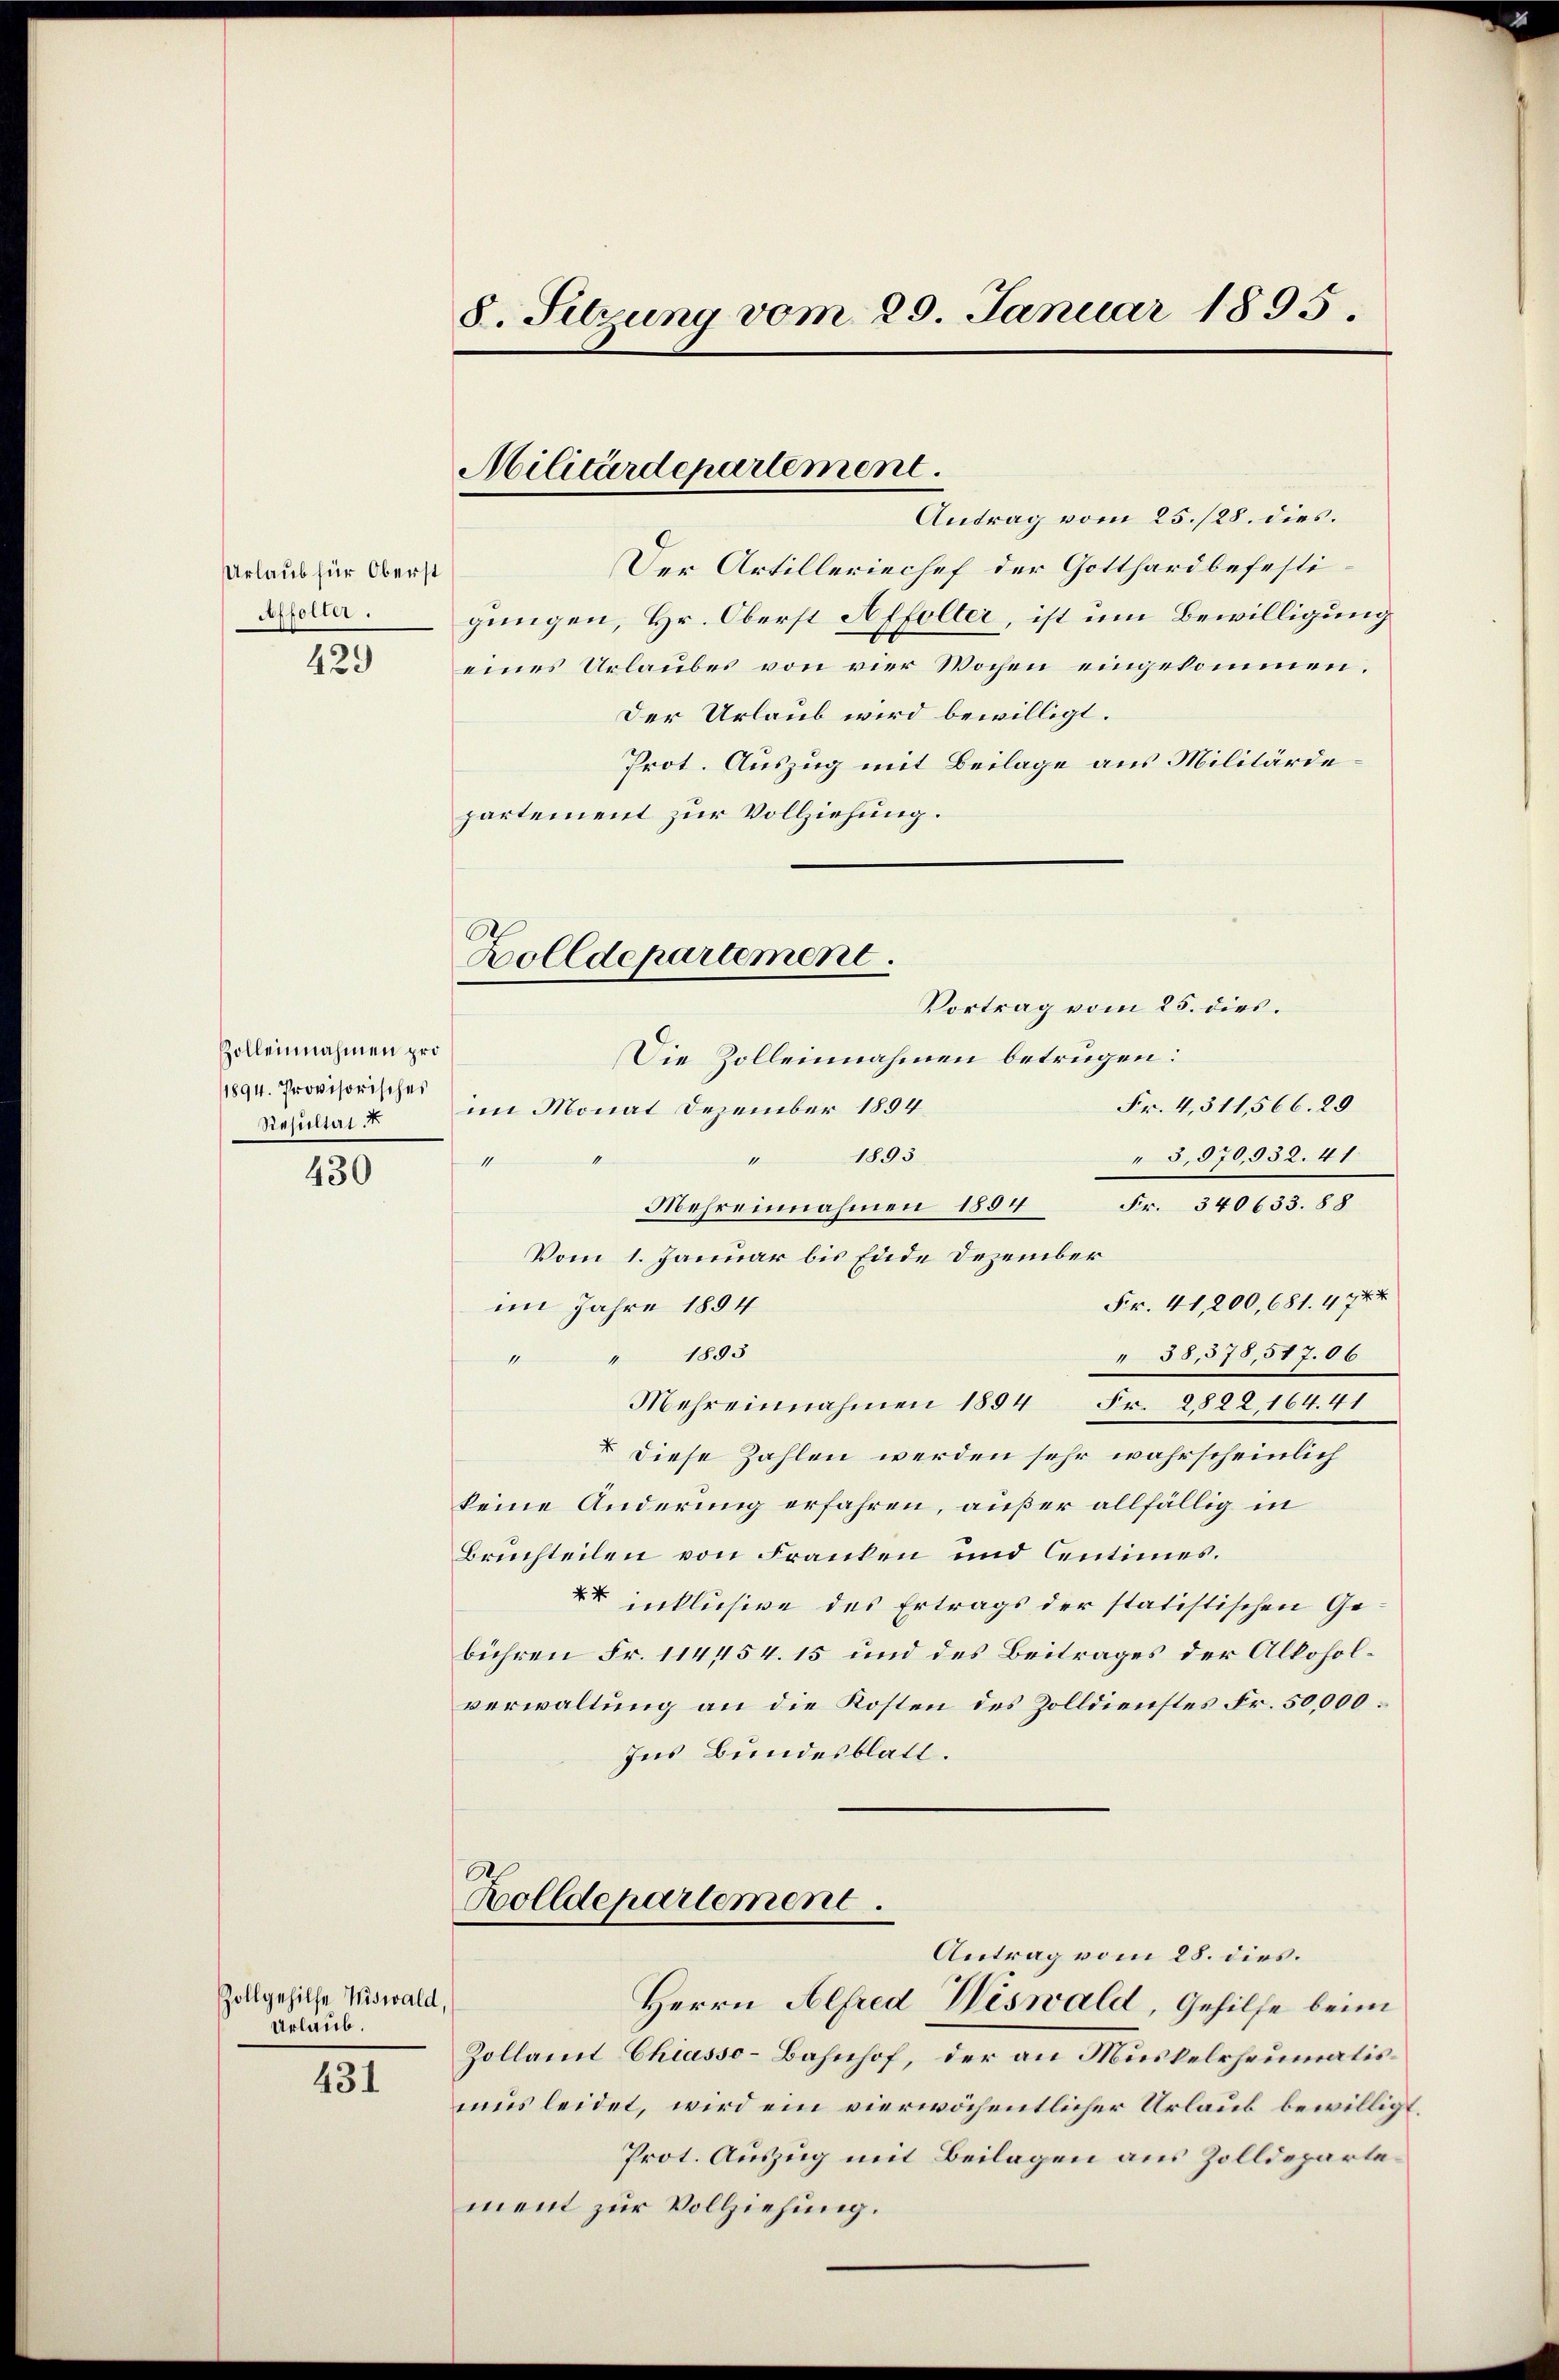
Urlaub für Oberst
Affolter.

42.

Zolleinnahmen pro
1894. Provisorisches
Resultat d

430

Zollgehilfe Wiswald,
Urlaub.

431

8. Sitzung vom 29. Januar 1895.

Militärdepartement.

Antrag vom 25./28. dies.
Der Artilleriechef der Gotthard befestigungen, Hr. Oberst Affolter, ist um Bewilligung
x
eines Urlaubes von vier Wochen eingekommen.
Der Urlaub wird bewilligt.
Prot. Auszug mit Beilage aus Militärdepartement zur Vollziehung.

Bolldepartement.

Mehreinnahmen 1894 Fr. 2882, 164. 41

Holldepartement.
Herrn Alfred Wiswald, Gehilfe beim

Vortrag vom 25. dies.
Die Zolleinnahmen betrügen:
Fr. 4, 311,566. 29
im Monat Dezember 1894
1893
M
5,870,932. 41.
11
1
Mehreinnahmen 1804 Fr. 340633. 88
Vom 1. Januar bis Eide Dezember
Fr. 41,200, 681. 4744
im Jahre 1894
" 1803
58,578,517.06
1
. Diese Zahlen werden sehr wahrscheinlich
keine Änderung erfahren, außer allfällig in
Bruchteilen von Franken und Centimes.
 inklusive des Ertrags der statistischen Gebühren Fr. 114454. 15 und des Beitrages der Alkoholverwaltung an die Kosten des Zolldienstes Fr. 50,000.
Ins Bundesblatt.

Antrag vom 28. dies.
Zollamt Chiasso-Bahnhof, der an Muskelrheumatis
mus leidet, wird ein vierwöchentlicher Urlaub bewillig¬
Prot. Auszug mit Beilagen aus Zolldepartement zur Vollziehung.